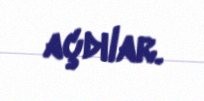
açdılar.